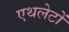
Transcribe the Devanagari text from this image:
एथलेटों